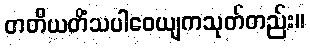
တတိယတိံသပါဝေယျကသုတ်တည်း။